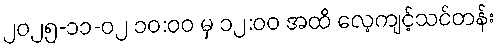
၂၀၂၅-၁၁-၀၂ ၁၀:၀၀ မှ ၁၂:၀၀ အထိ လေ့ကျင့်သင်တန်း